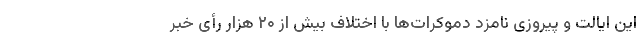
این ایالت و پیروزی نامزد دموکرات‌ها با اختلاف بیش از ۲۰ هزار رأی خبر